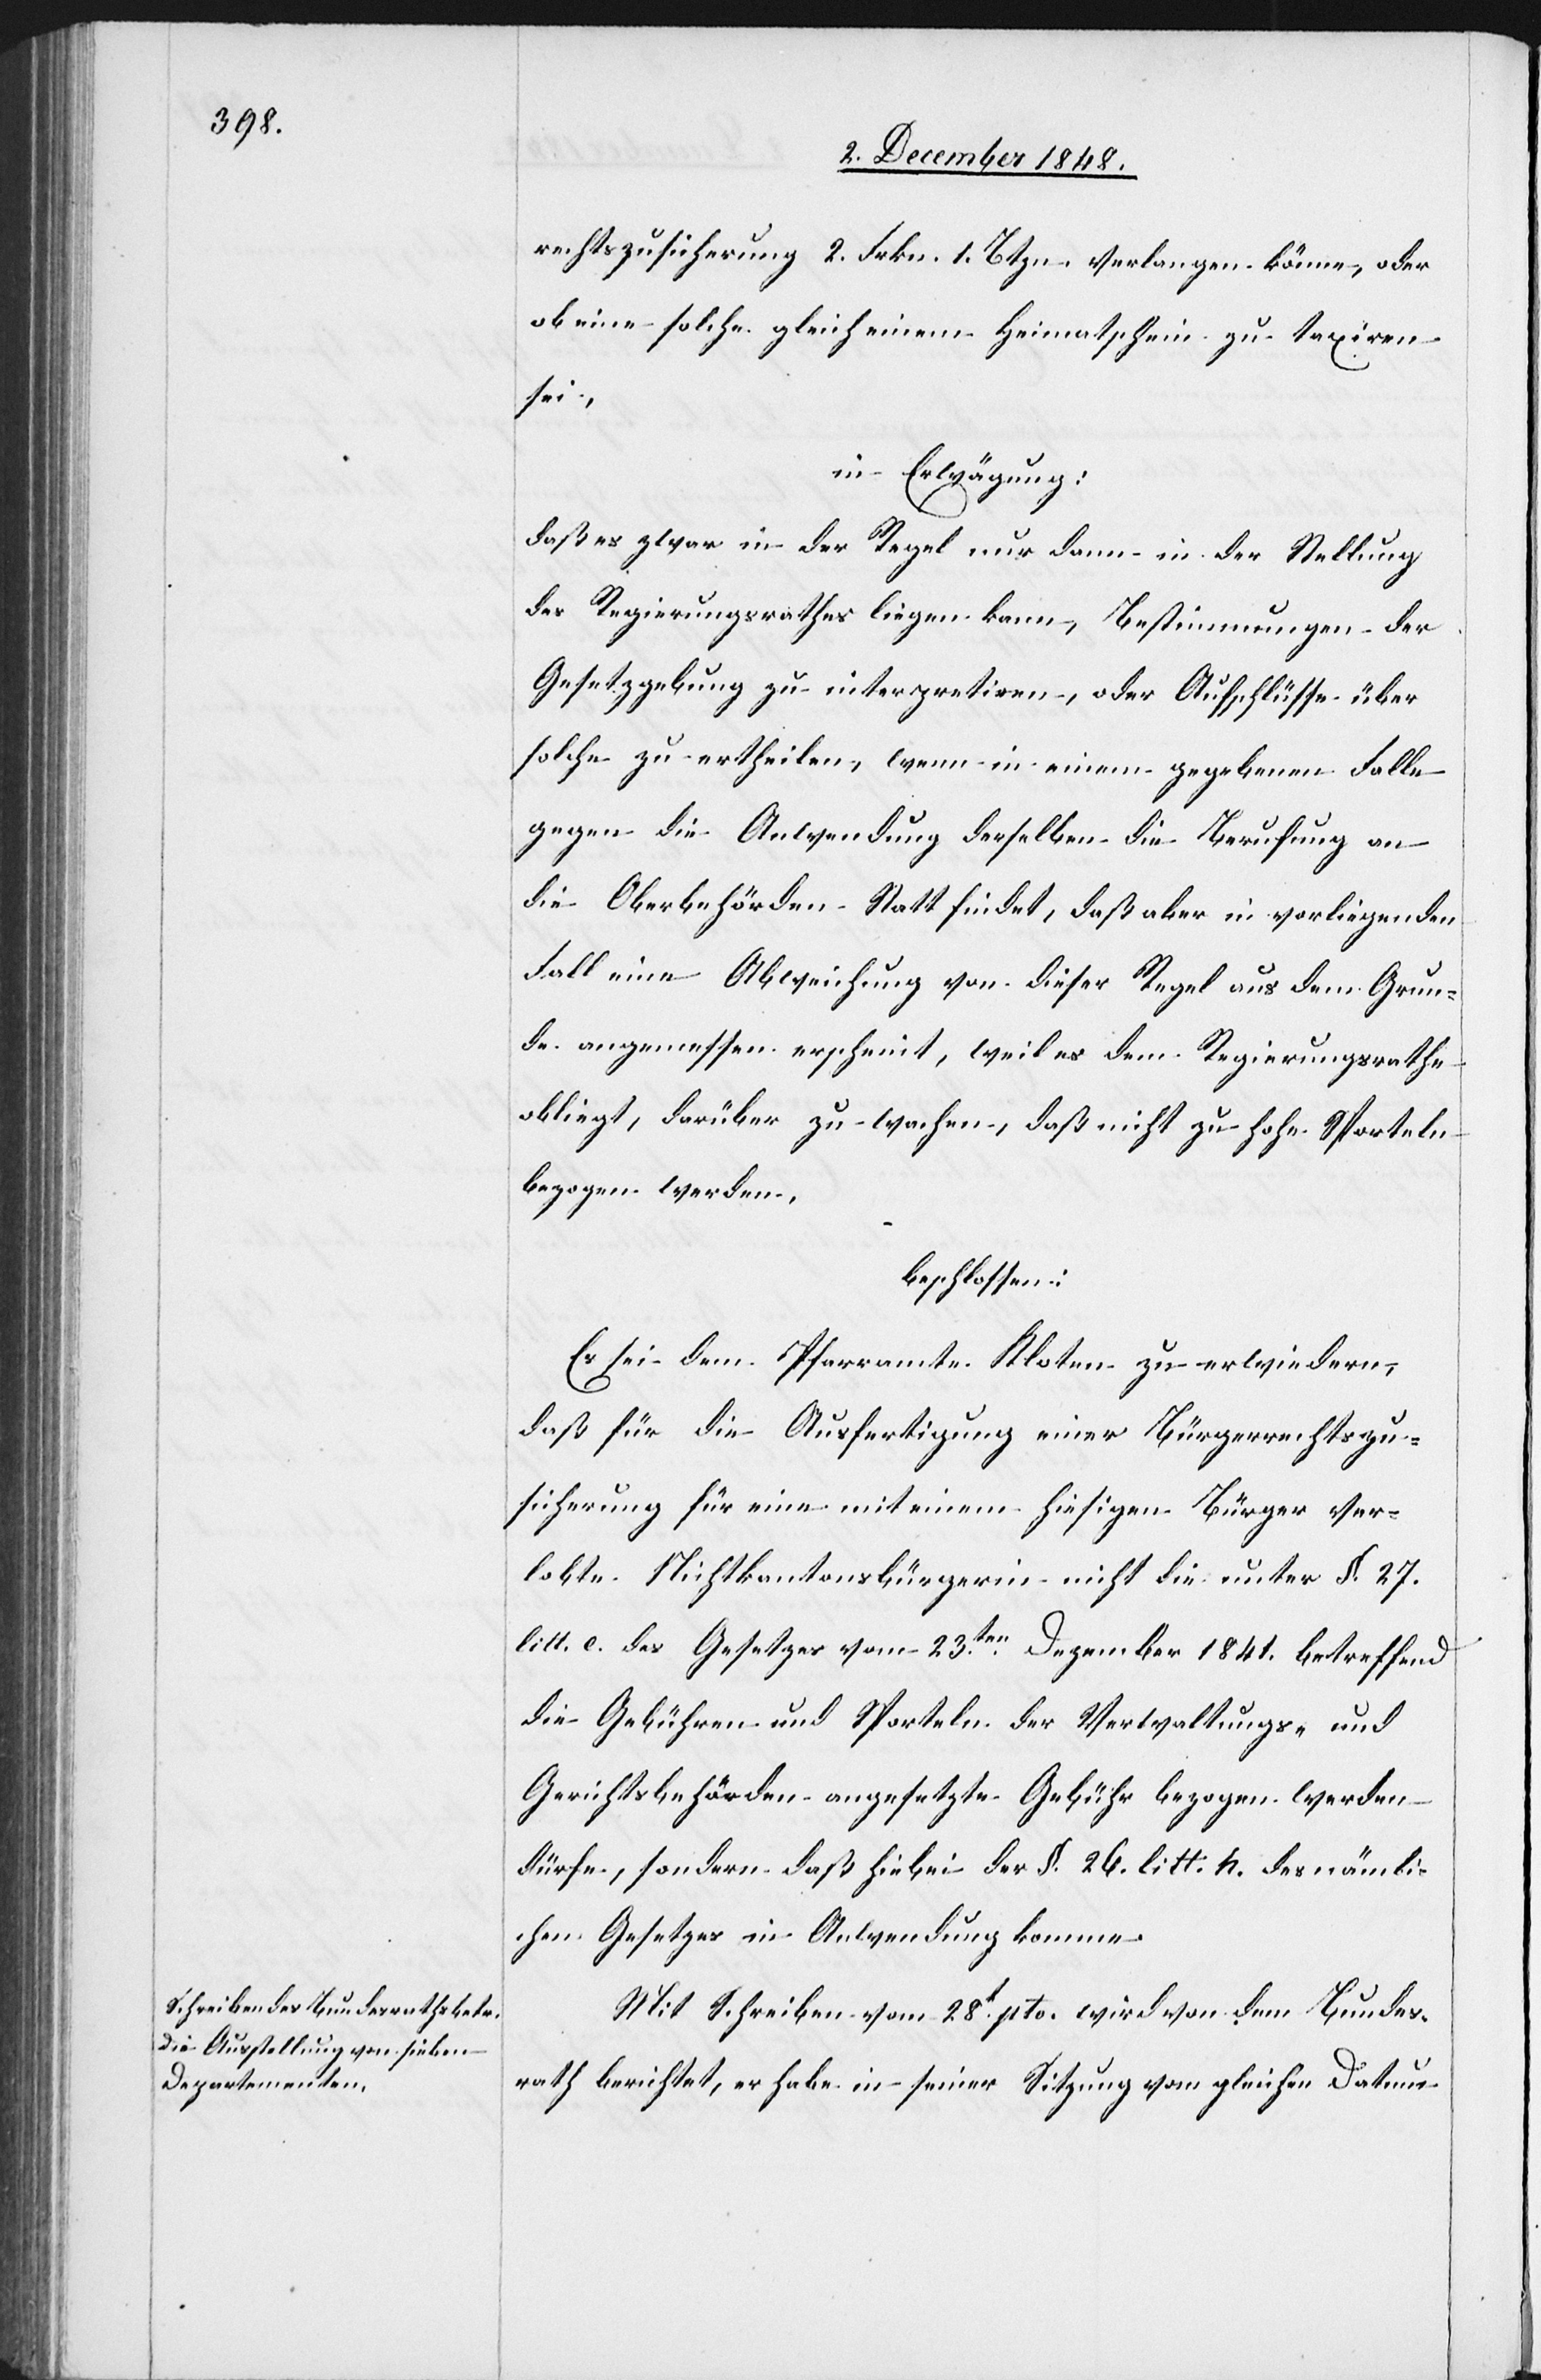
rechtszusicherung 2. Frkn. 1. Btzn. verlangen könne, oder
ob eine solche gleich einem Heimatschein zu taxiren
sei,
in Erwägung:
daß es zwar in der Regel nur dann in der Stellung
des Regierungsrathes liegen kann, Bestimmungen der
Gesetzgebung zu interpretiren, oder Aufschlüsse über
solche zu ertheilen, wenn in einem gegebenen Falle
gegen die Anwendung derselben die Berufung an
die Oberbehörden Statt findet, daß aber in vorliegenden
Fall eine Abweichung von dieser Regel aus dem Grun¬
de angemessen erscheint, weil es dem Regierungsrathe
obliegt, darüber zu wachen, daß nicht zu hohe Sporteln
bezogen werden.
beschlossen:
Es sei dem Pfarramte Kloten zu erwiedern,
daß für die Ausfertigung einer Bürgerrechtszu¬
sicherung für eine mit einem hiesigen Bürger ver¬
lobte Nichtkantonsbürgerin nicht die unter §. 27.
litt. e. des Gesetzes vom 23ten Dezember 1841. betreffend
die Gebühren und Sporteln der Verwaltungs- und
Gerichtsbehörden angesetzte Gebühr bezogen werden
dürfen, sondern daß hiebei der §. 26. litt. h. des nämli¬
chen Gesetzes in Anwendung komme.
Mit Schreiben vom 28t pto. wird von dem Bundes¬
rath berichtet, er habe in seiner Sitzung vom gleichen Datum